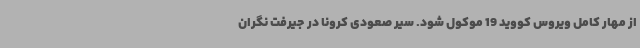
از مهار کامل ویروس کووید 19 موکول شود. سیر صعودی کرونا در جیرفت نگران